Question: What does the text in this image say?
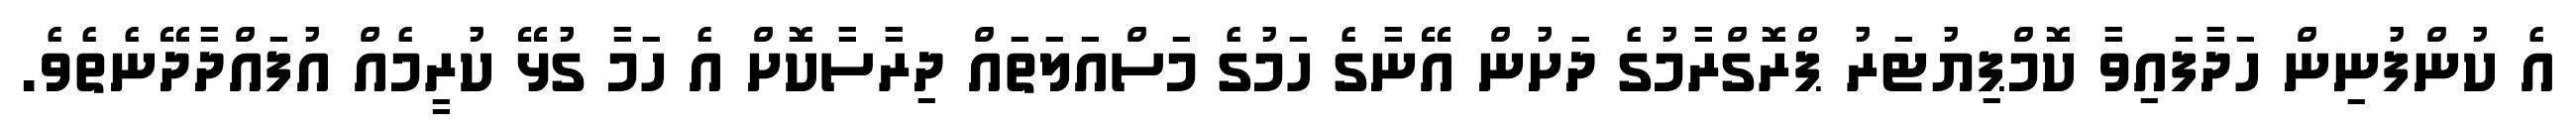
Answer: އެ ކުންފުނިން ހަދާފައިވާ ކޮމްޕިޔުޓަރު ޕްރޮގްރާމުގެ ދަށުން އޭނާގެ ހަމުގެ މަސްއަލަތައް ދިރާސާކޮށް އެ ހަމާ ގުޅޭ ކުރީމެއް އުފައްދާދޭނެތެވެ.